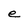
Character: e